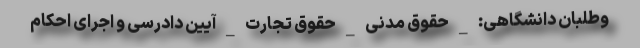
وطلبان دانشگاهی: _ حقوق مدنی _ حقوق تجارت _ آیین دادرسی و اجرای احکام